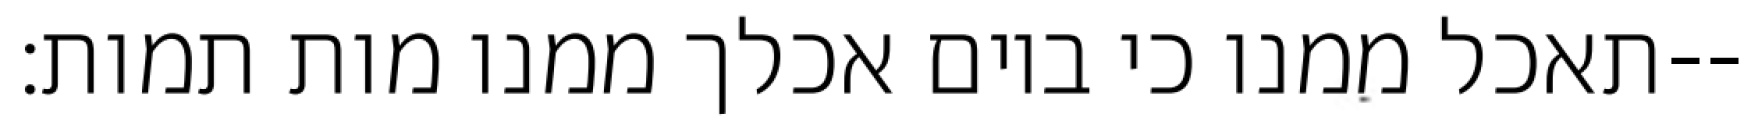
תאכל ממנו כי ביום אכלך ממנו מות תמות׃--